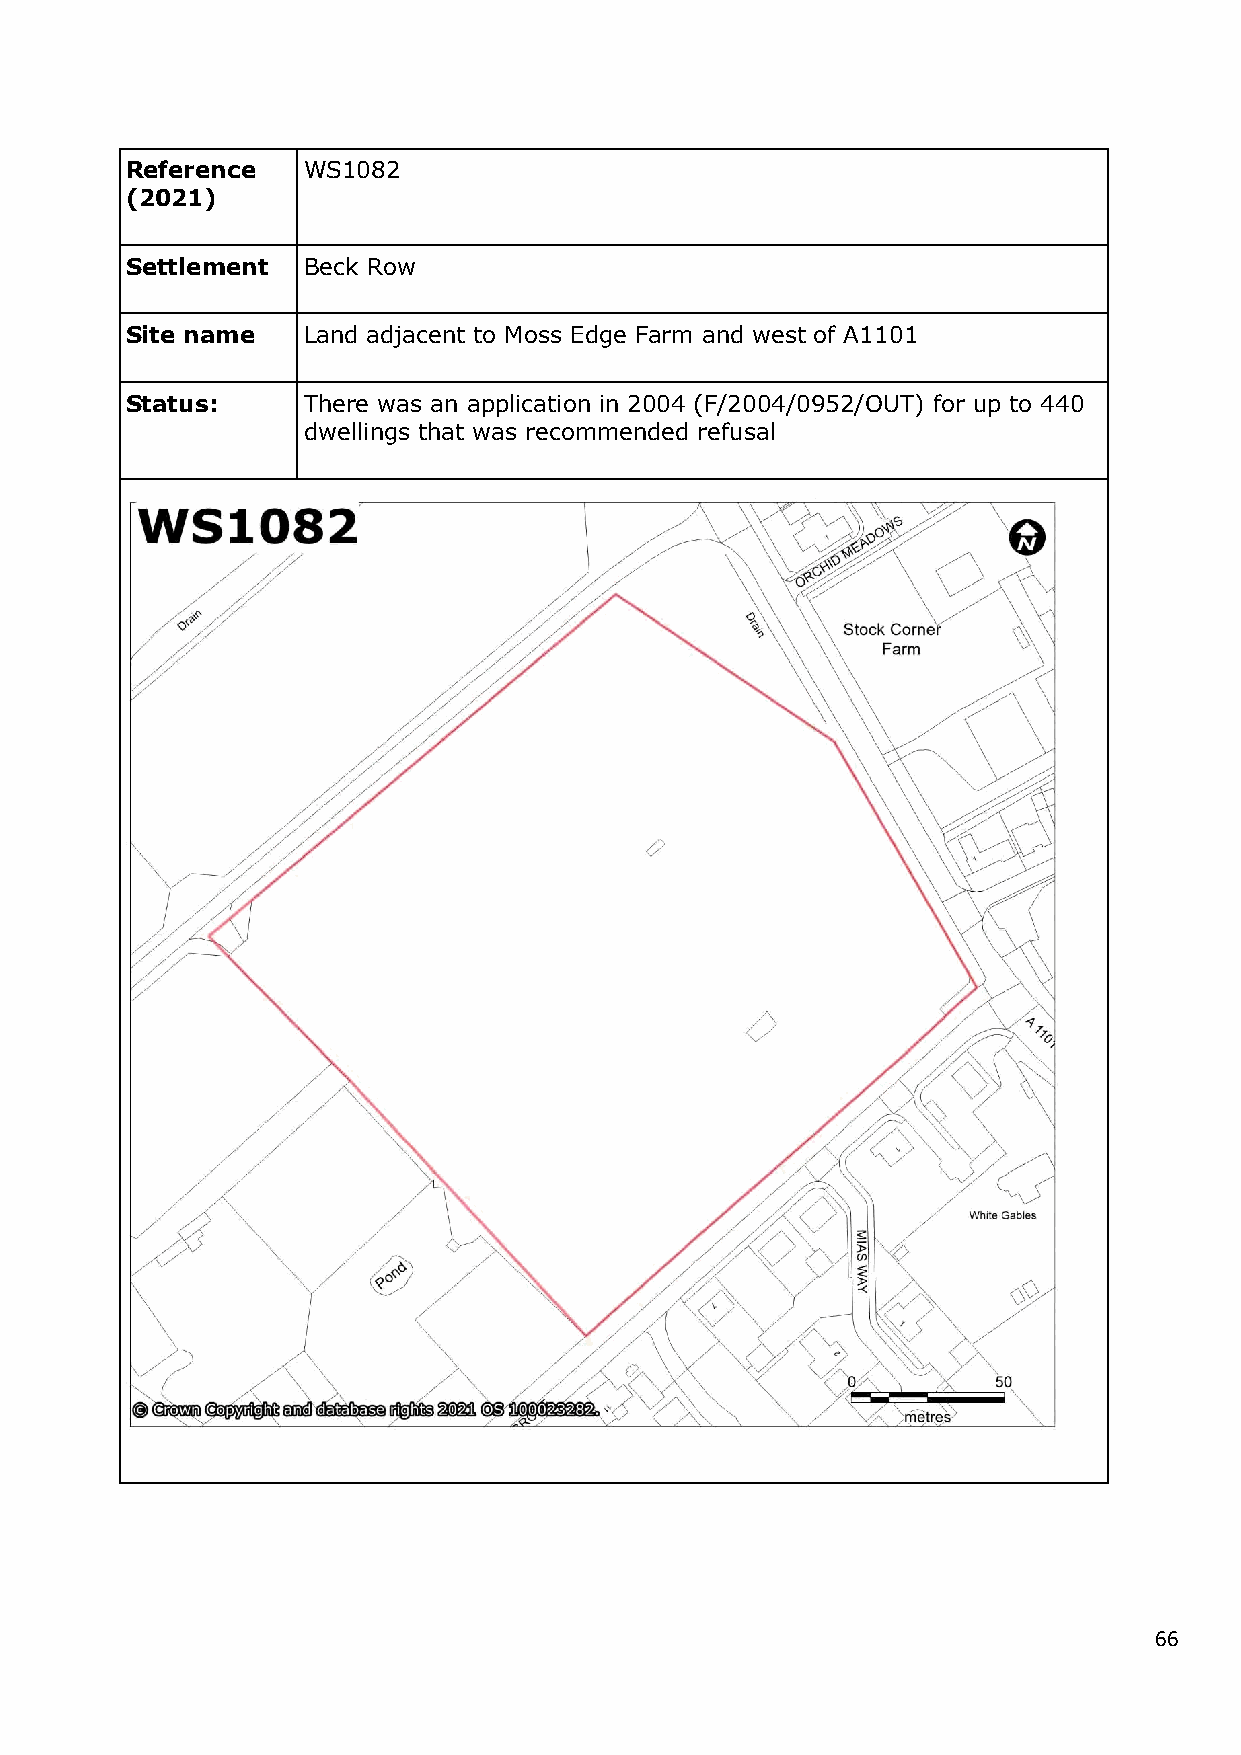
Reference   WS1082
 (2021)
 Settlement  Beck Row
 Site name   Land adjacent to Moss Edge Farm and west of A1101
 Status:     There was an application in 2004 (F/2004/0952/OUT) for up to 440
 dwellings that was recommended refusal
 66